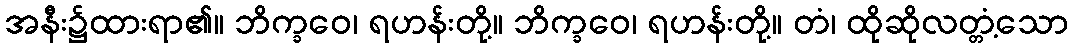
အနီး၌ထားရာ၏။ ဘိက္ခဝေ၊ ရဟန်းတို့။ ဘိက္ခဝေ၊ ရဟန်းတို့။ တံ၊ ထိုဆိုလတ္တံ့သော